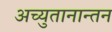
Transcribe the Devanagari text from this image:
अच्युतानान्तन